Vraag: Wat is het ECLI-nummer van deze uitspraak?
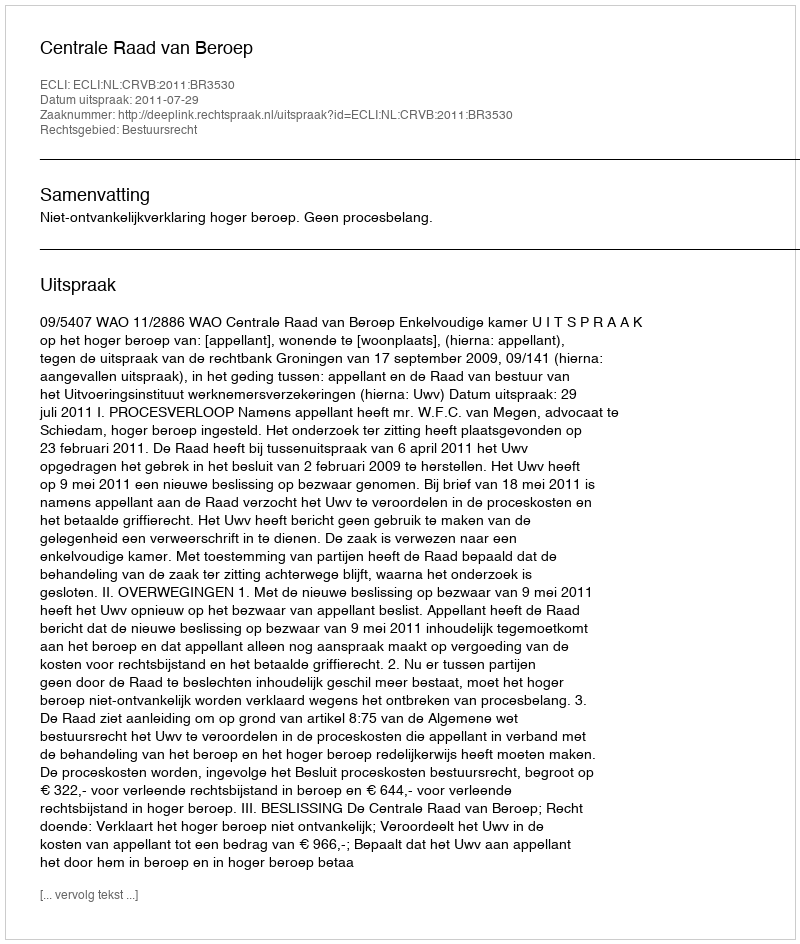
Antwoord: ECLI:NL:CRVB:2011:BR3530